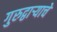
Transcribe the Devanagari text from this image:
गुरुद्वार्‍याचे